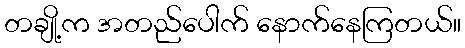
တချို့က အတည်ပေါက် နောက်နေကြတယ်။